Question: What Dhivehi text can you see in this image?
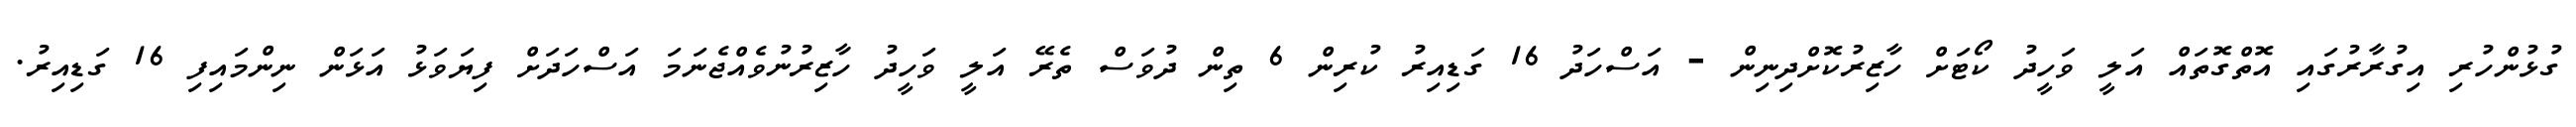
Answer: ގުޅުންހުރި އިގުރާރުގައި އޮތްގޮތައް އަލީ ވަހީދު ކޯޓަށް ހާޒިރުކޮށްދިނިން - އަސްހަދު 16 ގަޑިއިރު ކުރިން 6 ތިން ދުވަސް ތެރޭ އަލީ ވަހީދު ހާޒިރުނުވެއްޖެނަމަ އަސްހަދަށް ފިޔަވަޅު އަޅަން ނިންމައިފި 16 ގަޑިއިރު.